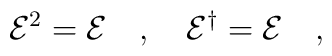
{\cal E}^2={\cal E}\ \ \ ,\ \ \ {\cal E}^\dagger={\cal E}\ \ \ ,